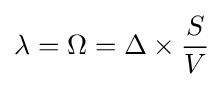
\lambda =\Omega =\Delta \times {\frac {S}{V}}